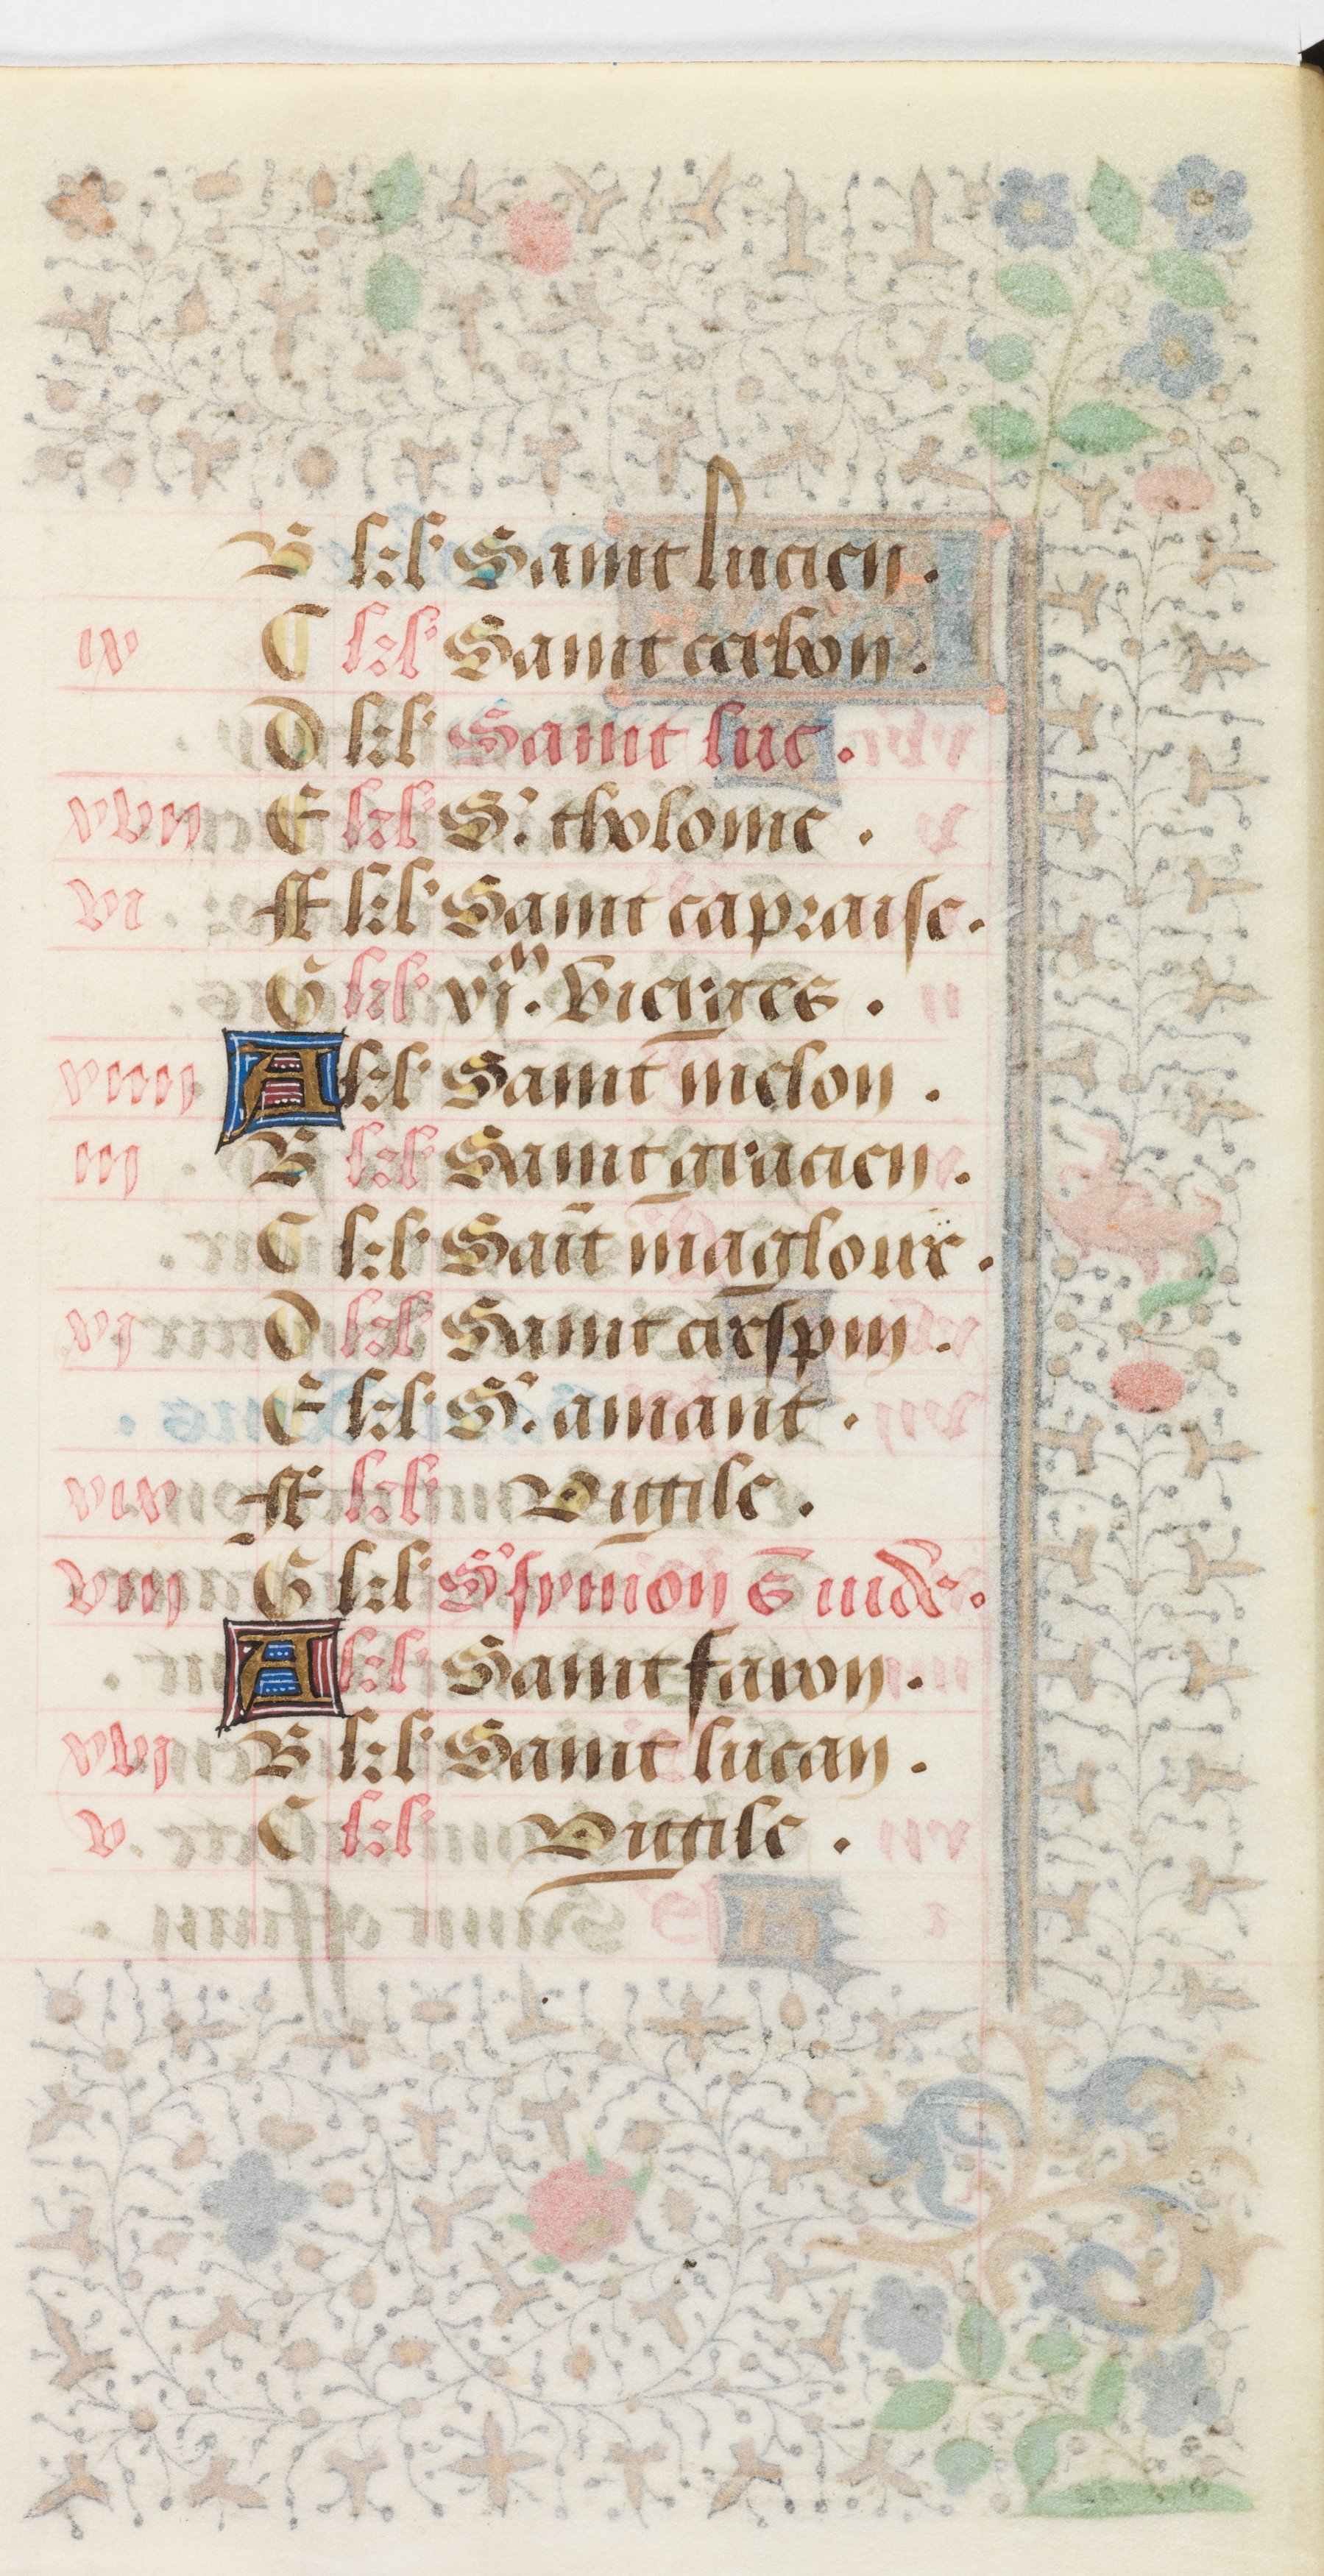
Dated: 1458–1460